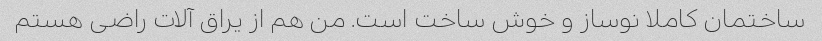
ساختمان کاملا نوساز و خوش ساخت است. من هم از یراق آلات راضی هستم